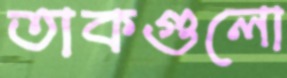
তাকগুলো